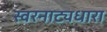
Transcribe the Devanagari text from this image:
स्वरनाट्यधारा